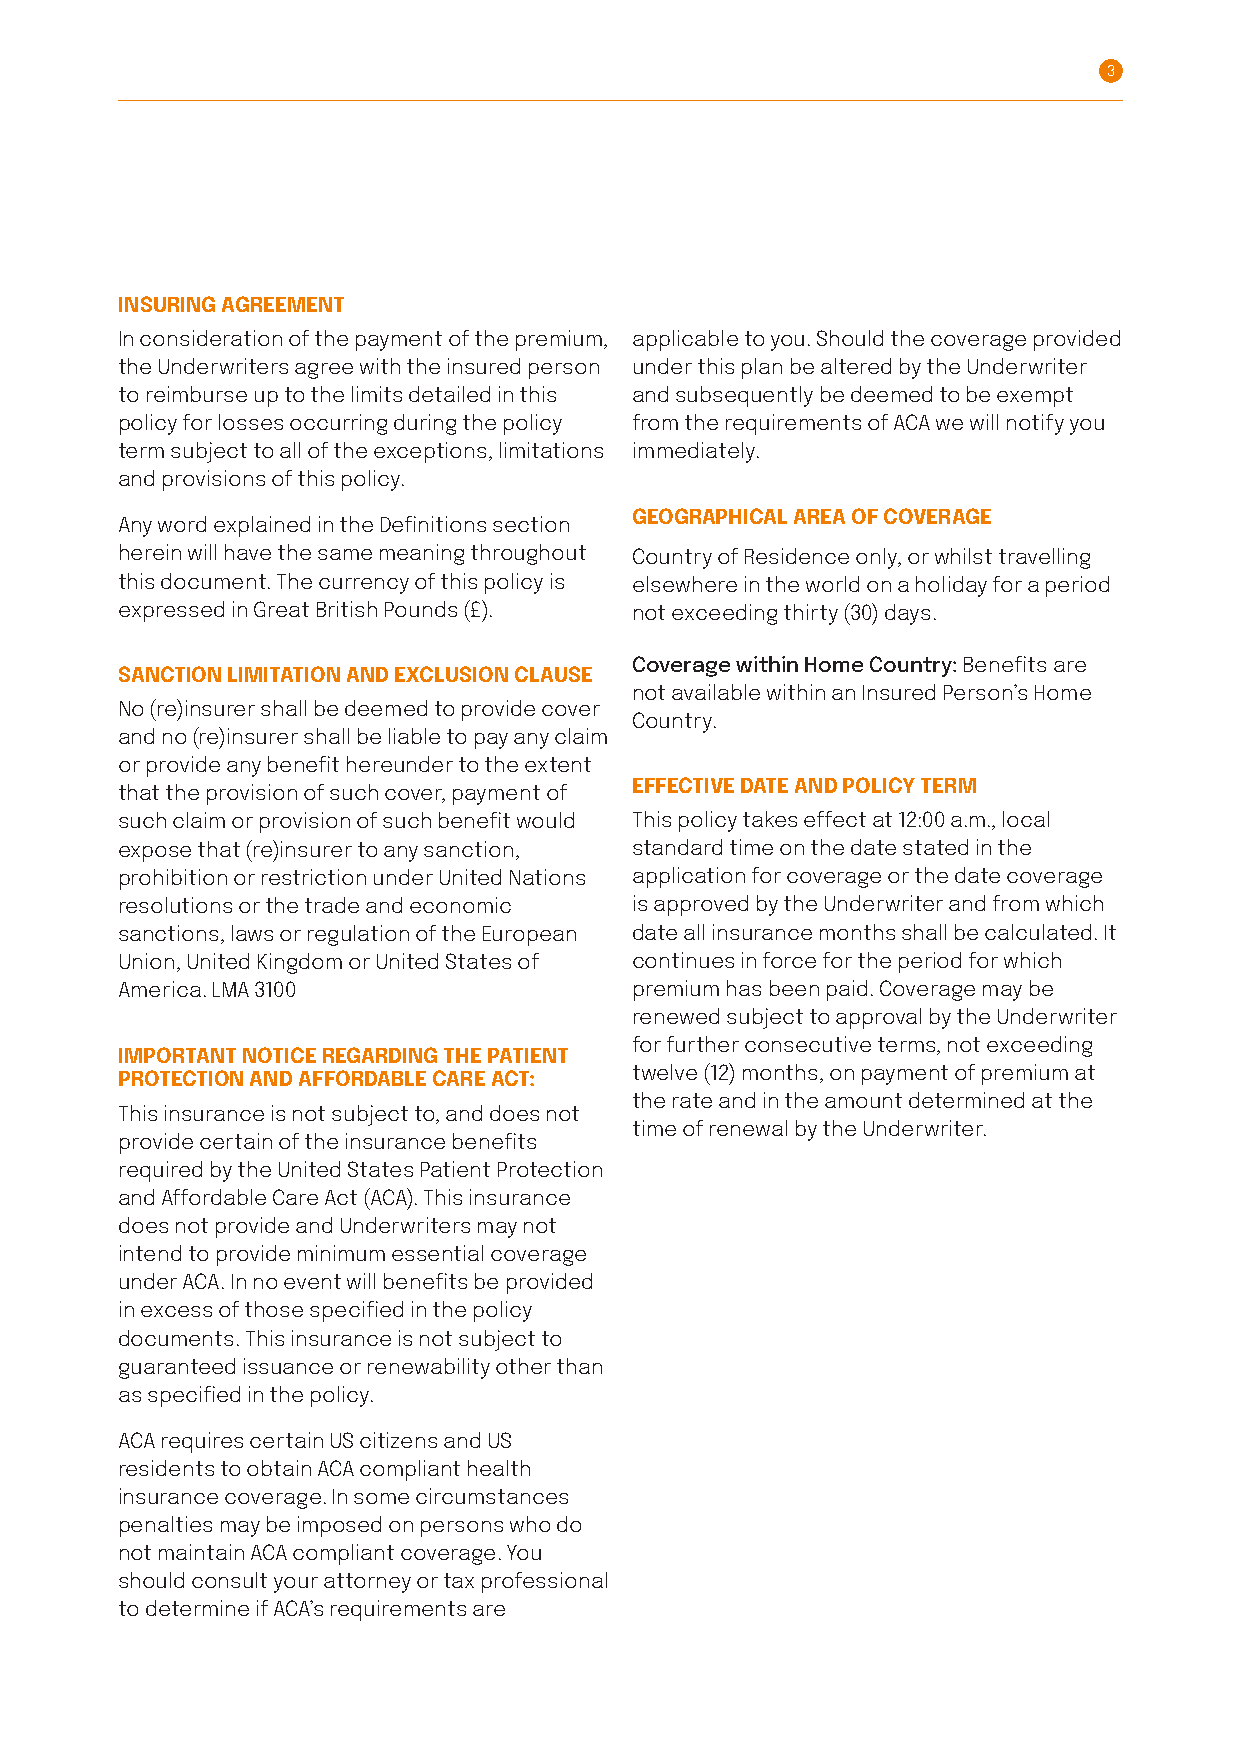
3
 INSURING AGREEMENT
 In consideration of the payment of the premium, applicable to you. Should the coverage provided
 the Underwriters agree with the insured person under this plan be altered by the Underwriter
 to reimburse up to the limits detailed in this and subsequently be deemed to be exempt
 policy for losses occurring during the policy from the requirements of ACA we will notify you
 term subject to all of the exceptions, limitations immediately.
 and provisions of this policy.
 GEOGRAPHICAL AREA OF COVERAGE
 Any word explained in the Definitions section
 herein will have the same meaning throughout Country of Residence only, or whilst travelling
 this document. The currency of this policy is elsewhere in the world on a holiday for a period
 expressed in Great British Pounds (£) . not exceeding thirty (30) days.
 Coverage within Home Country: Benefits are
 SANCTION LIMITATION AND EXCLUSION CLAUSE
 not available within an Insured Person’s Home
 No (re)insurer shall be deemed to provide cover
 Country.
 and no (re)insurer shall be liable to pay any claim
 or provide any benefit hereunder to the extent
 EFFECTIVE DATE AND POLICY TERM
 that the provision of such cover, payment of
 such claim or provision of such benefit would This policy takes effect at 12:00 a.m., local
 expose that (re)insurer to any sanction, standard time on the date stated in the
 prohibition or restriction under United Nations application for coverage or the date coverage
 resolutions or the trade and economic is approved by the Underwriter and from which
 sanctions, laws or regulation of the European date all insurance months shall be calculated. It
 Union, United Kingdom or United States of continues in force for the period for which
 America . LMA 3100                premium has been paid. Coverage may be
 renewed subject to approval by the Underwriter
 for further consecutive terms, not exceeding
 IMPORTANT NOTICE REGARDING THE PATIENT
 PROTECTION AND AFFORDABLE CARE ACT: twelve (12) months, on payment of premium at
 the rate and in the amount determined at the
 This insurance is not subject to, and does not
 time of renewal by the Underwriter.
 provide certain of the insurance benefits
 required by the United States Patient Protection
 and Affordable Care Act (ACA). This insurance
 does not provide and Underwriters may not
 intend to provide minimum essential coverage
 under ACA. In no event will benefits be provided
 in excess of those specified in the policy
 documents. This insurance is not subject to
 guaranteed issuance or renewability other than
 as specified in the policy.
 ACA requires certain US citizens and US
 residents to obtain ACA compliant health
 insurance coverage . In some circumstances
 penalties may be imposed on persons who do
 not maintain ACA compliant coverage . You
 should consult your attorney or tax professional
 to determine if ACA’s requirements are